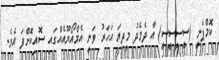
ކޮމްޕެނީ (ސީސީސީސީ) އާ ދެމެދު މިދިޔަ އަހަރު ވަނީ އެމްއޯޔޫއެއްގައި ސޮއިކޮށްފަ އެވެ.